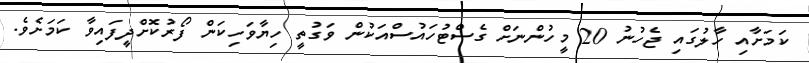
ކަމަށާއި ހާލުގައި ޖެހުނު 20 މީހުންނަށް ގެސްޓުހައުސްއަކުން ވަގުތީ ހިޔާވަހިކަން ފޯރުކޮށްދީފައިވާ ކަމަށެވެ.